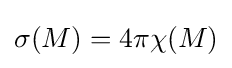
\sigma (M)=4\pi \chi (M)